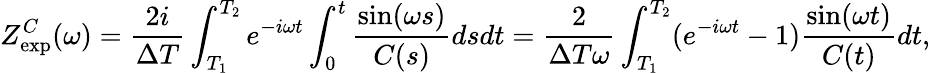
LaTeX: Z_{\mathrm{exp}}^{C}(\omega)=\frac{2i}{\Delta T}\int_{T_{1}}^{T_{2}}e^{-i\omega t}\int_{0}^{t}\frac{\sin(\omega s)}{C(s)}dsdt=\frac{2}{\Delta T\omega}\int_{T_{1}}^{T_{2}}(e^{-i\omega t}-1)\frac{\sin(\omega t)}{C(t)}dt,